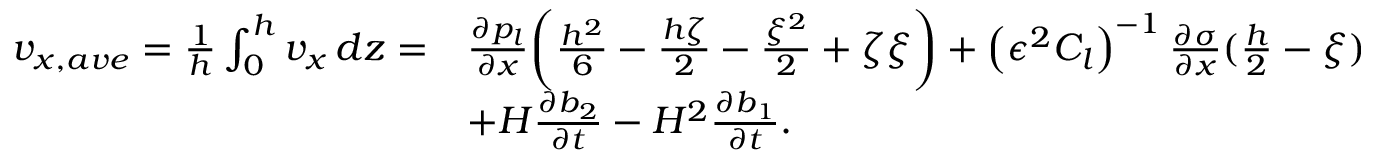
\begin{array} { r l } { v _ { x , a v e } = \frac { 1 } { h } \int _ { 0 } ^ { h } v _ { x } \, d z = } & { \frac { \partial p _ { l } } { \partial x } \bigg ( \frac { h ^ { 2 } } { 6 } - \frac { h \zeta } { 2 } - \frac { \xi ^ { 2 } } { 2 } + \zeta \xi \bigg ) + \left( \epsilon ^ { 2 } C _ { l } \right) ^ { - 1 } \frac { \partial \sigma } { \partial x } ( \frac { h } { 2 } - \xi ) } \\ & { + H \frac { \partial b _ { 2 } } { \partial t } - H ^ { 2 } \frac { \partial b _ { 1 } } { \partial t } . } \end{array}